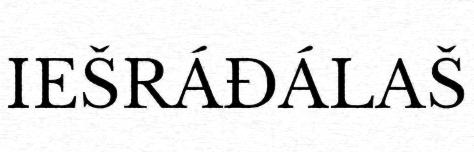
IEŠRÁĐÁLAŠ